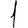
Digit: 1